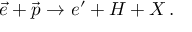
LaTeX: \vec { e } + \vec { p } \rightarrow e ^ { \prime } + H + X \, .